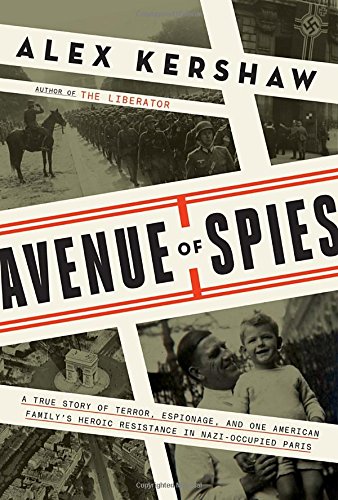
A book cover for Avenue of Spies: A True Story of Terror, Espionage, and One American Family's Heroic Resistance in Nazi-Occupied Paris; Alex Kershaw; Biographies & Memoirs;